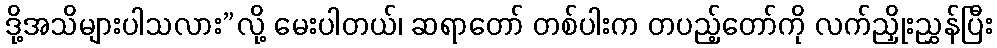
ဒို့အသိများပါသလား”လို့ မေးပါတယ်၊ ဆရာတော် တစ်ပါးက တပည့်တော်ကို လက်ညှိုးညွှန်ပြီး